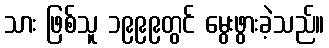
သား ဖြစ်သူ ၁၉၉၉တွင် မွေးဖွားခဲ့သည်။